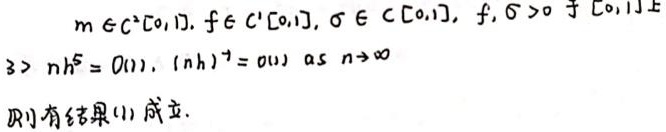
\[
\begin{align*}
&m\in C^{2}[0,1], f\in C^{1}[0,1], \sigma\in C[0,1], f,\sigma>0 \text{ 于 } [0,1]上\\
&\exists > nh^{5}=O(1), (\ln h)^{-1}=o(1) \text{ as } n\to\infty
\end{align*}
\]
则有结果(1)成立.